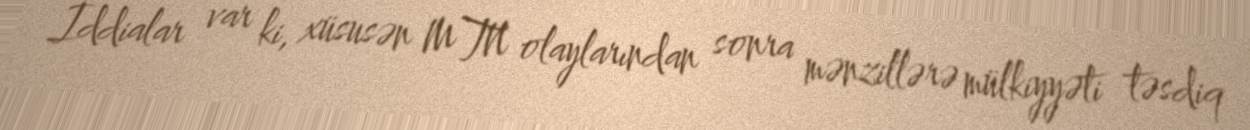
İddialar var ki, xüsusən MTN olaylarından sonra mənzillərə mülkiyyəti təsdiq